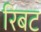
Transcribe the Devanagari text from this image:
रिबट